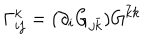
LaTeX: \Gamma _ { i j } ^ { k } = ( \partial _ { i } G _ { j { \bar { k } } } ) G ^ { { \bar { k } } k }